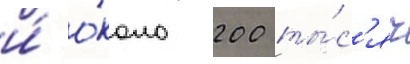
и́ о́коло 200 ты́с'яч